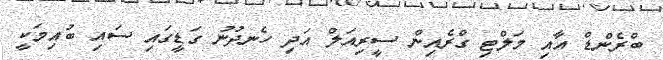
ބްރެންޑް އާއި މަލްޓި ގްރެއިން ސީރިއަލް އަދި ހެނދުނު ގަޑީގައި ސައި ބުއިމަކީ